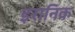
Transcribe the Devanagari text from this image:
इरानिक